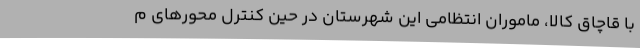
با قاچاق کالا، ماموران انتظامی این شهرستان در حین کنترل محورهای م